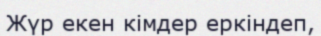
Жүр екен кімдер еркіндеп,